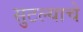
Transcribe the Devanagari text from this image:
सुटल्याचे